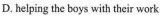
D. helping the boys with their work